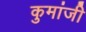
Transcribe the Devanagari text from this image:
कुमांजी